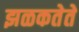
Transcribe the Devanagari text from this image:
झळकतेते